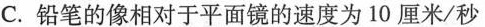
C.铅笔的像相对于平面镜的速度为10厘米/秒